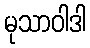
မုသာဝါဒါ